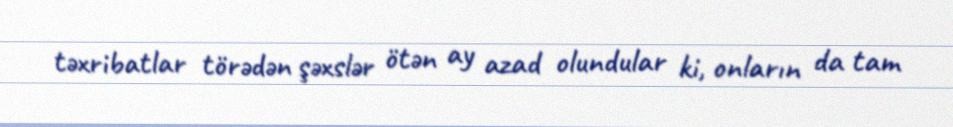
təxribatlar törədən şəxslər ötən ay azad olundular ki, onların da tam